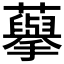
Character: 𮒾